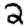
Digit: 2